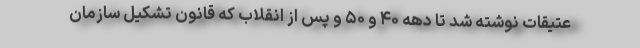
عتیقات نوشته شد تا دهه ۴۰ و ۵۰ و پس از انقلاب که قانون تشکیل سازمان